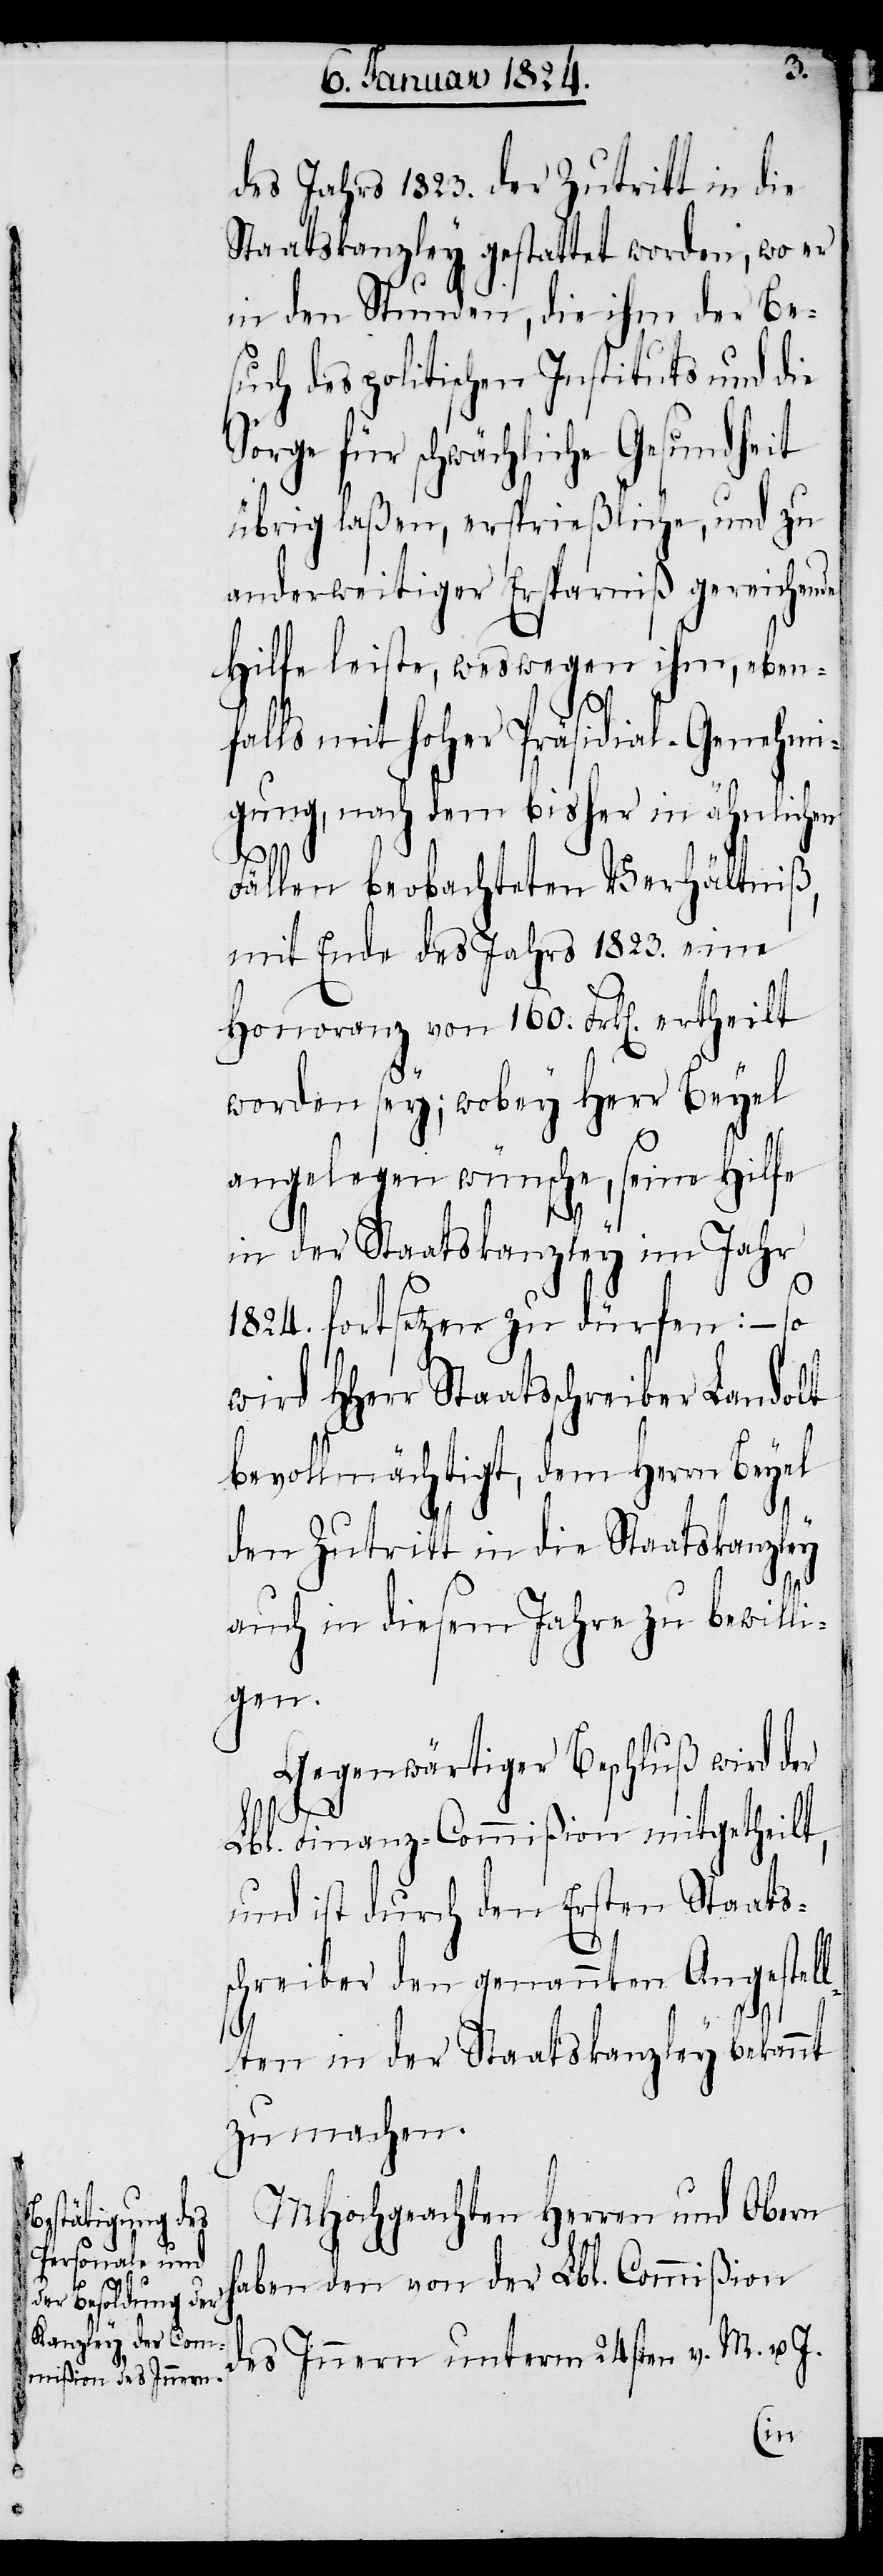
des Jahrs 1823. der Zutritt in die
Staatskanzley gestattet worden, wo er
in den Stunden, die ihm der Be¬
such des politischen Instituts und die
Sorge für schwächliche Gesundheit
übrig laßen, ersprießliche, und zu
anderweitiger Ersparniß gereichende
Hilfe leiste, weswegen ihm, eben¬
falls mit hoher Präsidial. Genehmi¬
gung, nach dem bisher in ähnlichen
Fällen beobachteten Verhältniß,
mit Ende des Jahrs 1823. eine
Honoranz von 160. Frk[en]. ertheilt
worden sey; wobey Herr Beyel
angelegen wünsche, seine Hilfe
in der Staatskanzley im Jahr
1824. fortsetzen zu dürfen: – so
wird HHerr Staatsschreiber Landolt
bevollmächtigt, dem Herrn Beyel
den Zutritt in die Staatskanzley
auch in diesem Jahre zu bewilli¬
gen.
Gegenwärtiger Beschluß wird der
Lbl. Finanz-Commißion mitgetheilt,
und ist durch den Ersten Staats¬
schreiber den genannten Angestel¬
lten in der Staatskanzley bekannt
zu machen.
MHochgeachten Herren und Obern
haben den von der Lbl. Commißion
des Innern unterm 24sten v. M. u. J.